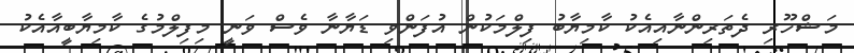
މަޝްހޫރި ދެތަރިންނާއިއެކު ކާމިޔާބު ފިލްމަކުން އުފަންވި ޑަޔާނާ ވެސް ވަނީ މިފިލްމުގެ ކާމިޔާބީއާއެކު